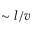
\sim l / v